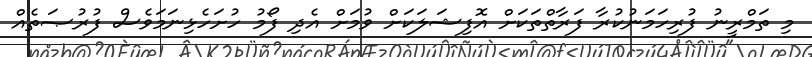
މި ތަމްރީނު ފުރިހަމަނުކުރާ ފަރާތްތަކަށް އޮފިޝަލަކަށް ވުމަށް އެދި ފޯމު ހުށަހެޅިނަމަވެސް ފުރުޞަތެއް